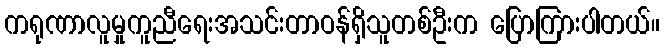
ကရုဏာလူမှုကူညီရေးအသင်းတာဝန်ရှိသူတစ်ဦးက ပြောကြားပါတယ်။